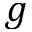
g